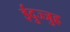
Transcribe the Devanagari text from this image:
ईदुज्जुह